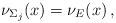
LaTeX: \begin{align*} \nu_{\Sigma_j}(x)=\nu_E(x)\,,\end{align*}